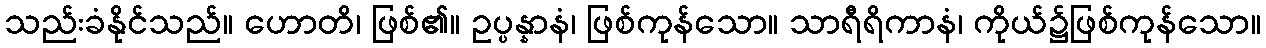
သည်းခံနိုင်သည်။ ဟောတိ၊ ဖြစ်၏။ ဥပ္ပန္နာနံ၊ ဖြစ်ကုန်သော။ သာရီရိကာနံ၊ ကိုယ်၌ဖြစ်ကုန်သော။